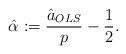
LaTeX: \begin{align*}\hat{\alpha} := \frac{\hat{a}_{OLS}}{p}-\frac{1}{2}.\end{align*}